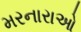
મરનારાઓ